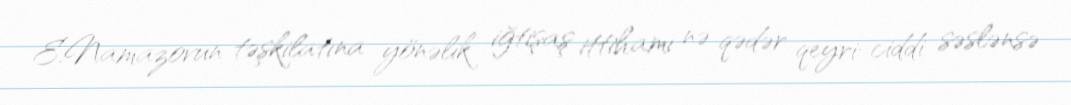
E.Namazovun təşkilatına yönəlik iğtişaş ittihamı nə qədər qeyri-ciddi səslənsə